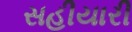
સહીયારી